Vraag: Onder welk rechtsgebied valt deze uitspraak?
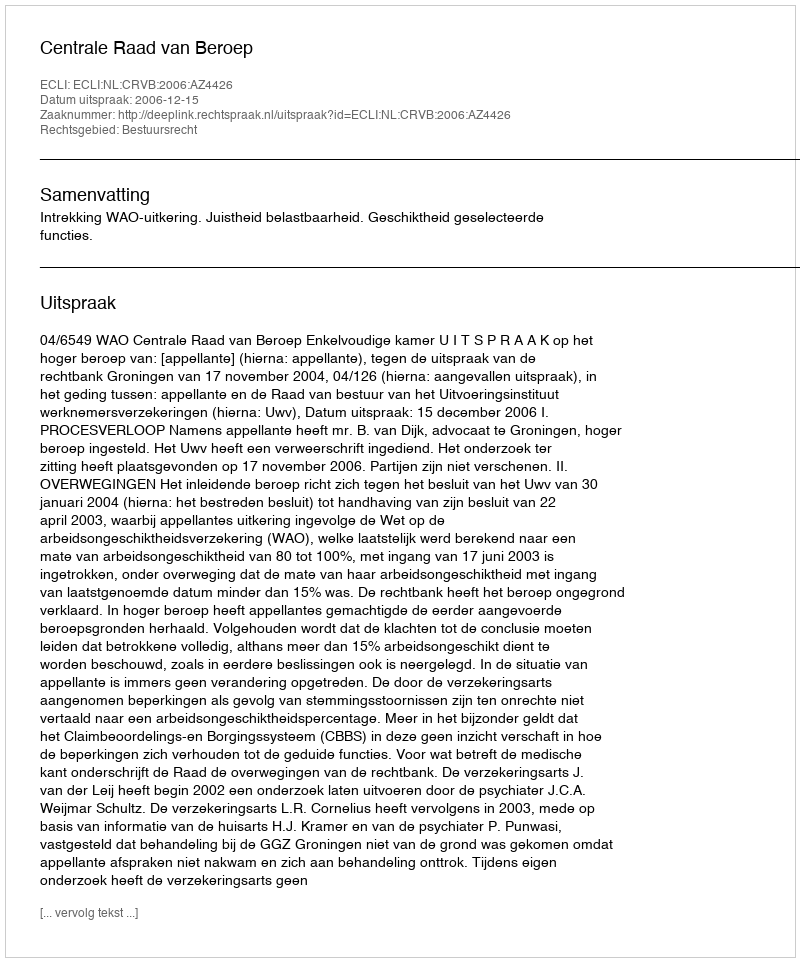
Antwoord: Bestuursrecht